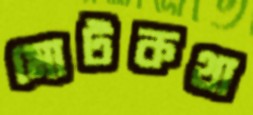
মোটকথা